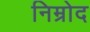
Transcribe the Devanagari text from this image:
निम्रोद